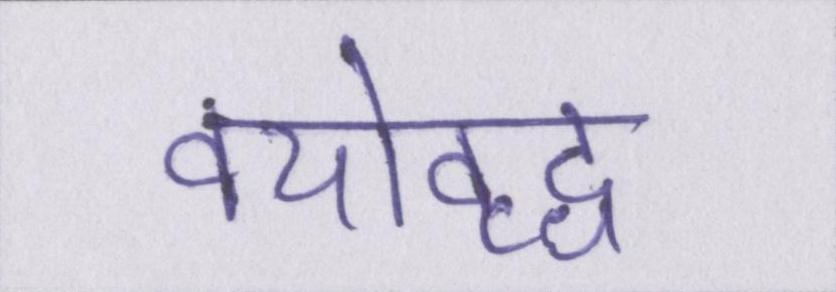
वयोवृद्ध